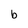
Character: b